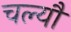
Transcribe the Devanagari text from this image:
चल्यौ